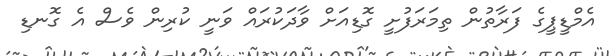
އެމްޑީޕީގެ ފަރާތުން ތިމަރަފުށީ ގޮޑިއަށް ވާދަކުރައް ވަނީ ކުރިން ވެސް އެ ގޮނޑި